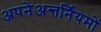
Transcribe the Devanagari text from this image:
अपनेअन्तर्नियमों